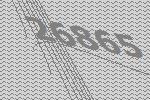
26865